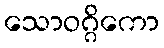
သောဝဂ္ဂိကော